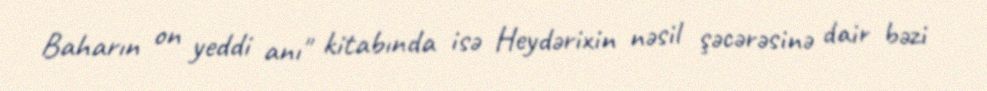
Baharın on yeddi anı" kitabında isə Heydərixin nəsil şəcərəsinə dair bəzi